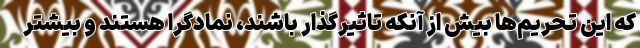
که این تحریم‌ها بیش از آنکه تاثیرگذار باشند، نمادگرا هستند و بیشتر